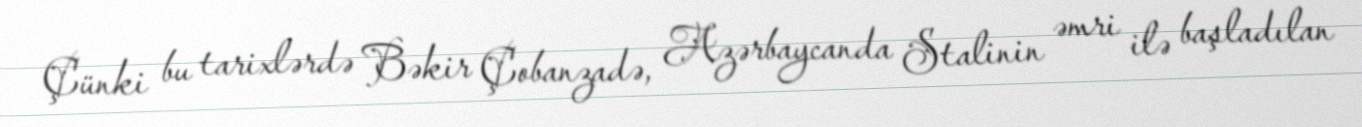
Çünki bu tarixlərdə Bəkir Çobanzadə, Azərbaycanda Stalinin əmri ilə başladılan